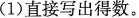
(1)直接写出得数。